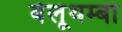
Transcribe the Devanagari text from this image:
बेलूथम्बी